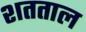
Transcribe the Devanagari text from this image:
शतताल